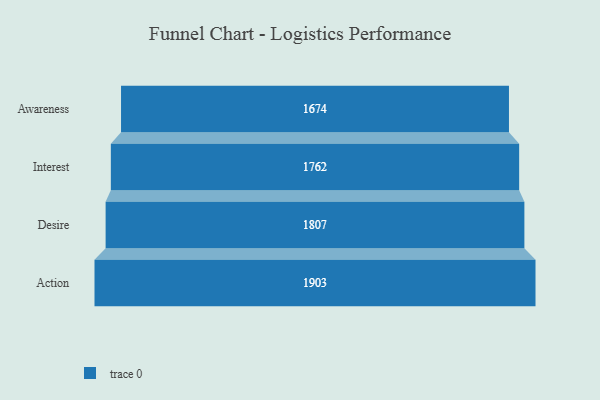
{"axis": {"x": "Stage", "y": "Value"}, "legend": [""], "data": [{"x": "Awareness", "y": 1674.0, "type": ""}, {"x": "Interest", "y": 1762.0, "type": ""}, {"x": "Desire", "y": 1807.0, "type": ""}, {"x": "Action", "y": 1903.0, "type": ""}]}